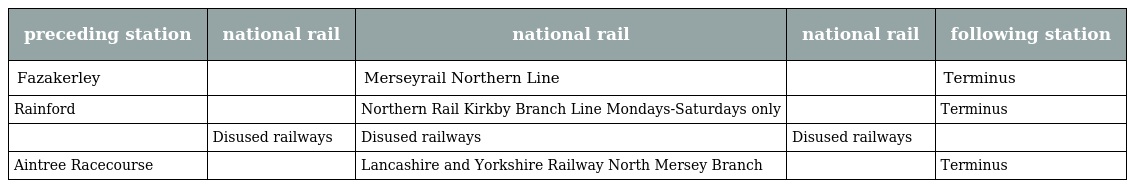
| preceding station | national rail | national rail | national rail | following station |
 | --- | --- | --- | --- | --- |
 | Fazakerley |  | Merseyrail Northern Line |  | Terminus |
 | Rainford |  | Northern Rail Kirkby Branch Line Mondays-Saturdays only |  | Terminus |
 |  | Disused railways | Disused railways | Disused railways |  |
 | Aintree Racecourse |  | Lancashire and Yorkshire Railway North Mersey Branch |  | Terminus |